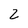
Character: 2